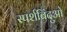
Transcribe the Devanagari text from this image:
स्पर्शबिंदुओ